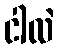
ငါလဲ